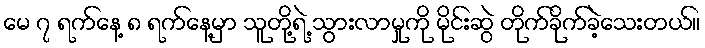
မေ ၇ ရက်နေ့ ၈ ရက်နေ့မှာ သူတို့ရဲ့ သွားလာမှုကို မိုင်းဆွဲ တိုက်ခိုက်ခဲ့သေးတယ်။